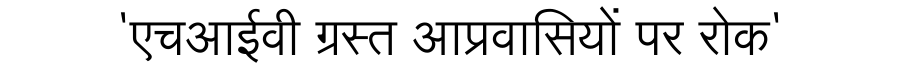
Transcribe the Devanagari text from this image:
'एचआईवी ग्रस्त आप्रवासियों पर रोक'